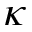
\kappa